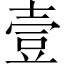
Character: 壹